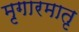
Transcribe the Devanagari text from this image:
मृगारमातृ